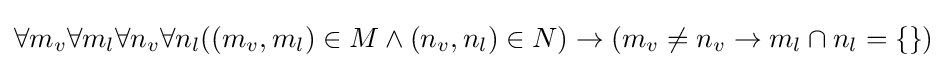
\forall m_{v}\forall m_{l}\forall n_{v}\forall n_{l}((m_{v},m_{l})\in M\land (n_{v},n_{l})\in N)\to (m_{v}\neq n_{v}\to m_{l}\cap n_{l}=\{\})